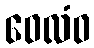
ဝေလံဝ